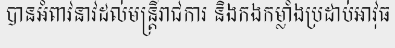
បានអំពាវនាវដល់មន្ត្រីរាជការ និងកងកម្លាំងប្រដាប់អាវុធ